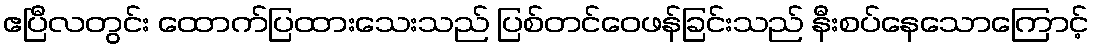
ဧပြီလတွင်း ထောက်ပြထားသေးသည် ပြစ်တင်ဝေဖန်ခြင်းသည် နီးစပ်နေသောကြောင့်